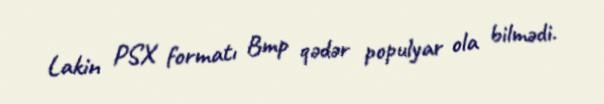
Lakin PSX formatı Bmp qədər populyar ola bilmədi.